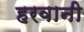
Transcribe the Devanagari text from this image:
हरवानी